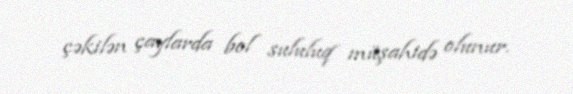
çəkilən çaylarda bol sululuq müşahidə olunur.